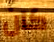
كان